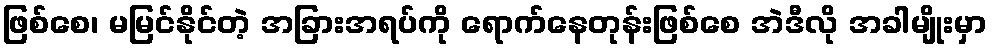
ဖြစ်စေ၊ မမြင်နိုင်တဲ့ အခြားအရပ်ကို ရောက်နေတုန်းဖြစ်စေ အဲဒီလို အခါမျိုးမှာ